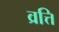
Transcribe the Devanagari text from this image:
व्रत्ति